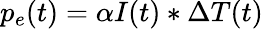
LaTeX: p_{e}(t)=\alpha I(t)\ast\Delta T(t)